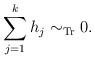
LaTeX: \begin{align*}\sum_{j=1}^kh_j\sim_{\mathrm{Tr}}0.\end{align*}